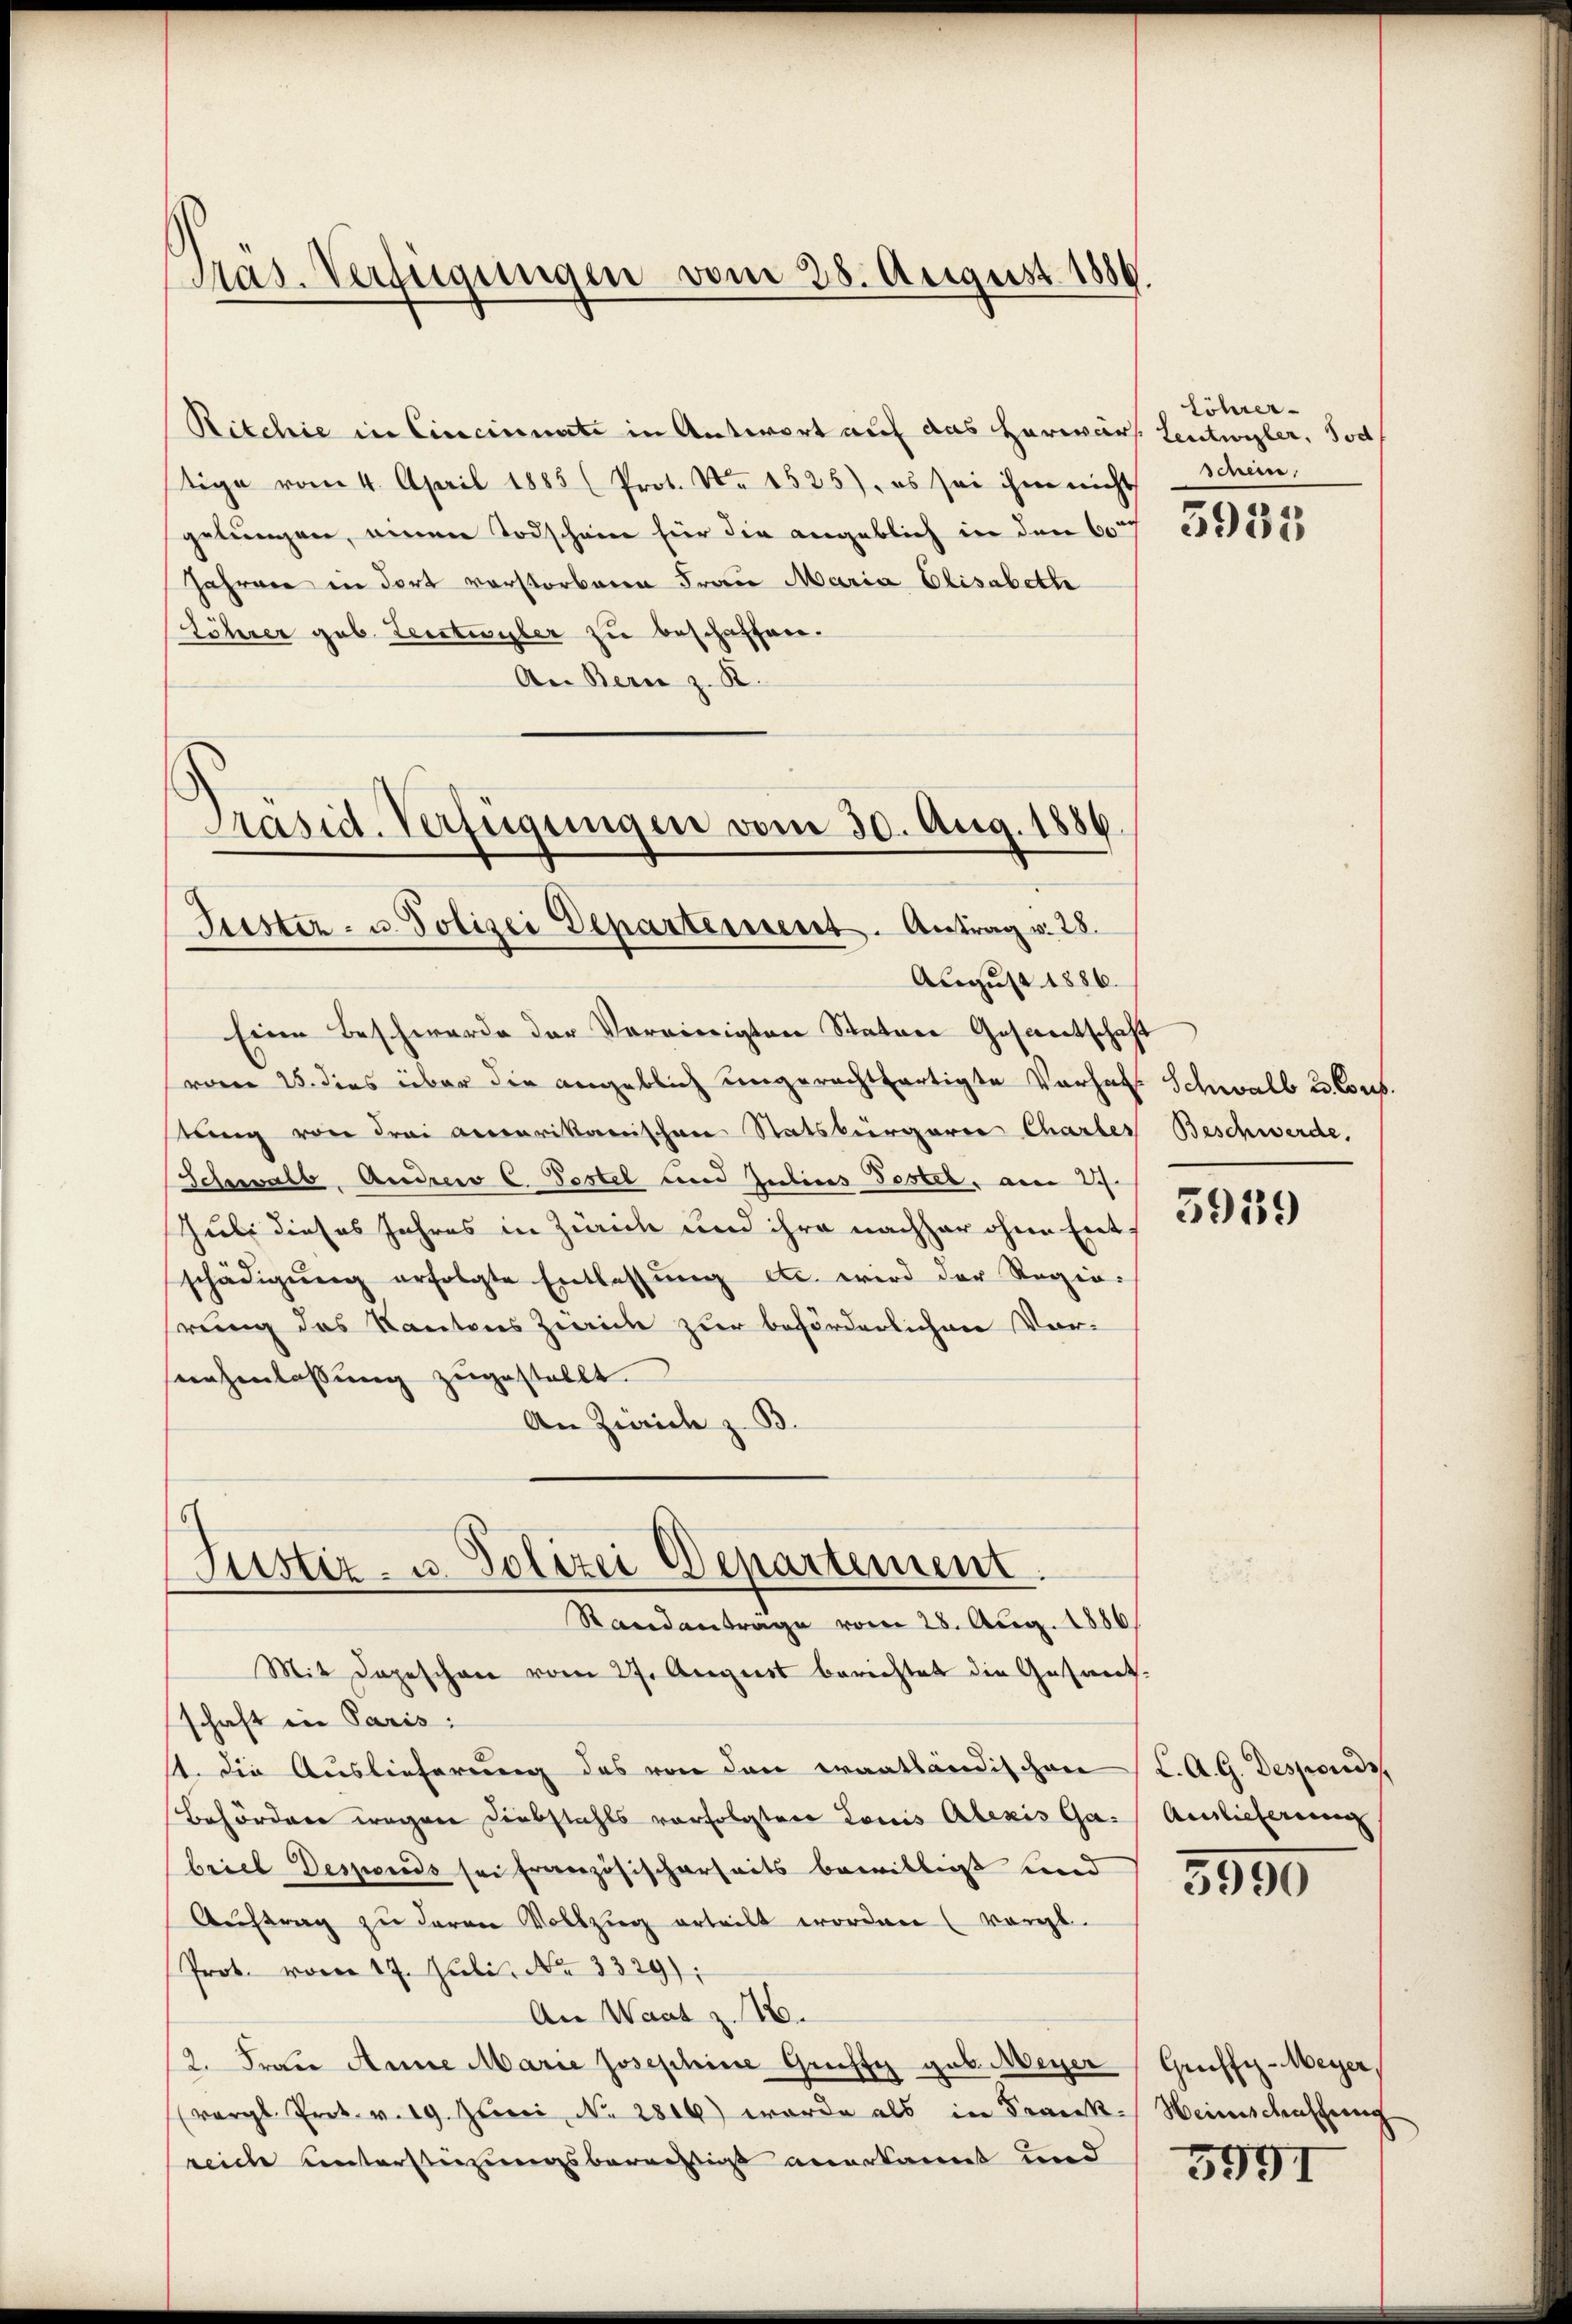
Pras. Verfügungen vom 28. August 1889.

Ritchie in Cincinnate in Antwort auf das Horwärs Leutwyler, Jod
tige vom 4. April 1885 (Prot. No. 1525), es sei ihm nicht
gelungen, einen Todschein für die angeblich in den 6077 353155,
Jahren in Fort vorstorbene Frau Maria Elisabette
Löhrer geb. Leistwyler zu beschaffen.
An Bern z. B.

Präsid. Verfügungen vom 30. Aug. 1886.
Jüster- u. Polizei Departement. Antrag v. 28.

August 1886.
Eine Beschwerde der Vereinigten Stature Gesandtschaft
vom 25. dies über die angeblich ungerechtfertigte Verhaft Schwall 23. Cors.
stung von drei accarikanischen Statsbürgerie Chartes Beschwerde.
Schwalb, Andrew C. Pestel und Julius Tester, am 27.
Juli dieses Jahres in Zürich und ihre nachher ohne Entschädigŭng erfolgte Entlassŭng etc. wird der Regie-
rung des Kantons Zürich zur beförderlichen Vorsnehmlassung zugestellt.
An Zürich z. B.

Justiz- u. Polizei Departement.
Randantrage vom 28. Aug. 1886
Mit dageschen vom 27. August berichtet die Gesamt-

löhrer-
schein,

schaft in Paris:
st. Die Auslieferung des von den Fraatländischen L. A. G. Desponds,
Behördere wegen Diebstahls vorfolgten Louis Alexis Ga-
briel Desponds sei französischerheits bewilligt und
Aŭftrag zu deren Vollzug erteilt worden (vergl.
Prot. vom 17. Juli No 3329);
An Wart z. 16.
2. Frau Anne Marie Josephine Grussy geb. Meyer Gruffy-Meyer,
(vergl. Prot. v. 19. Juni No. 2806) wurde als in Frank-Heimschenscheing
reiche unterstüzungsberechtigt anerkannt und

5959

Anlieferung

3990

5991